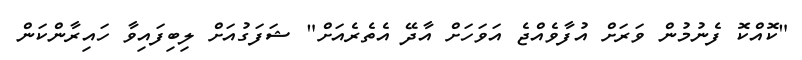
"ކޮއްކޮ ފެނުމުން ވަރަށް އުފާވެއްޖެ އަވަހަށް އާދޭ އެތެރެއަށް" ޝަފަގުއަށް ލިބިފައިވާ ހައިރާންކަން